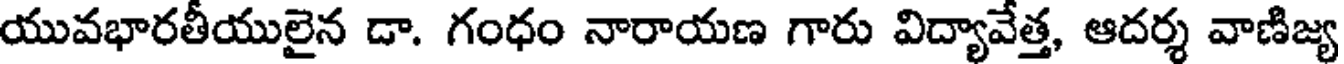
యువభారతీయులైన డా. గంధం నారాయణ గారు విద్యావేత్త, ఆదర్శ వాణిజ్య